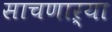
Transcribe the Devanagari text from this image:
साचणाऱ्या